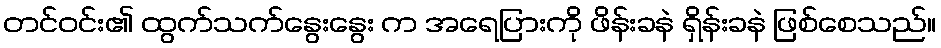
တင်ဝင်း၏ ထွက်သက်နွေးနွေး က အရေပြားကို ဖိန်းခနဲ ရှိန်းခနဲ ဖြစ်စေသည်။